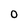
Character: 0